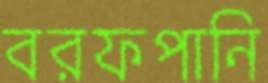
বরফপানি